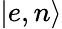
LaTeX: |e,n\rangle